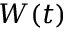
W ( t )